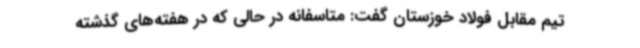
تیم مقابل فولاد خوزستان گفت: متاسفانه در حالی که در هفته‌های گذشته